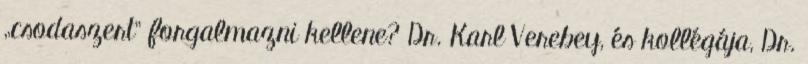
„csodaszert” forgalmazni kellene? Dr. Karl Verebey, és kollégája, Dr.